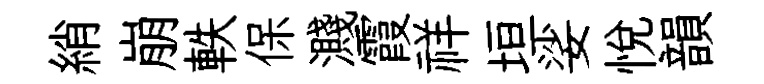
綃崩軼保濺霞祥垣娑悅韻